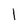
Character: 1